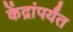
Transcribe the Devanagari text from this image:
केंद्रांपर्यंत